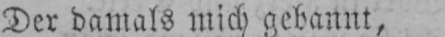
Der damals mich gebannt,